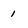
Character: 1